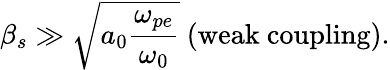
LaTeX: \beta_{s}\gg\sqrt{a_{0}\frac{\omega_{pe}}{\omega_{0}}}\ \mathrm{(weak\ coupling)}.